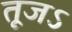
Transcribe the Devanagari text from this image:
तूजऽ